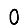
Digit: 0